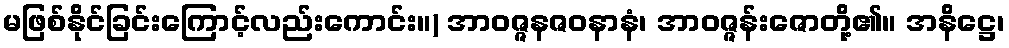
မဖြစ်နိုင်ခြင်းကြောင့်လည်းကောင်း။) အာဝဇ္ဇနဇဝနာနံ၊ အာဝဇ္ဇန်းဇောတို့၏။ အနိဋ္ဌေ၊